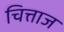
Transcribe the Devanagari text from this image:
चित्ताज